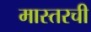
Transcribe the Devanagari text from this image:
मास्तरची